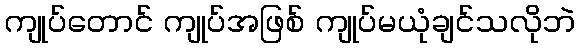
ကျုပ်တောင် ကျုပ်အဖြစ် ကျုပ်မယုံချင်သလိုဘဲ